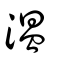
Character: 温